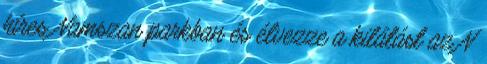
híres Namszan parkban és élvezze a kilátást az N